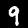
Label: 9